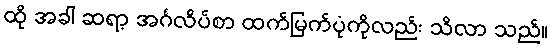
ထို အခါ ဆရာ့ အင်္ဂလိပ်စာ ထက်မြက်ပုံကိုလည်း သိလာ သည်။